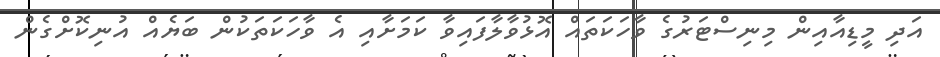
އަދި މީޑިއާއިން މިނިސްޓަރުގެ ވާހަކަތައް އޮޅުވާލާފައިވާ ކަމަށާއި އެ ވާހަކަތަކުން ބަޔެއް އުނިކޮށްގެން